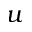
u